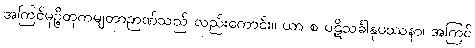
အကြင်မုဉ္စိတုကမျတာဉာဏ်သည် လည်းကောင်း။ ယာ စ ပဋိသင်္ခါနုပဿနာ၊ အကြင်